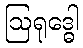
ဩရုဒ္ဓေါ